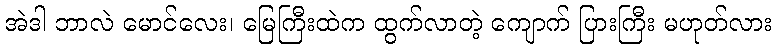
အဲဒါ ဘာလဲ မောင်လေး၊ မြေကြီးထဲက ထွက်လာတဲ့ ကျောက် ပြားကြီး မဟုတ်လား